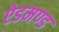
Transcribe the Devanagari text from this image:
ऐडमण्ड